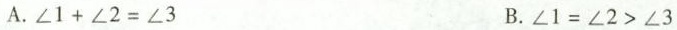
A.$$\angle 1+\angle 2=\angle 3$$ B.$$\angle 1=\angle 2>\angle 3$$